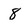
Character: 8